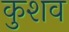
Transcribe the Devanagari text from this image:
कुशव